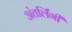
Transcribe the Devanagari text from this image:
अंतर्लिंगी